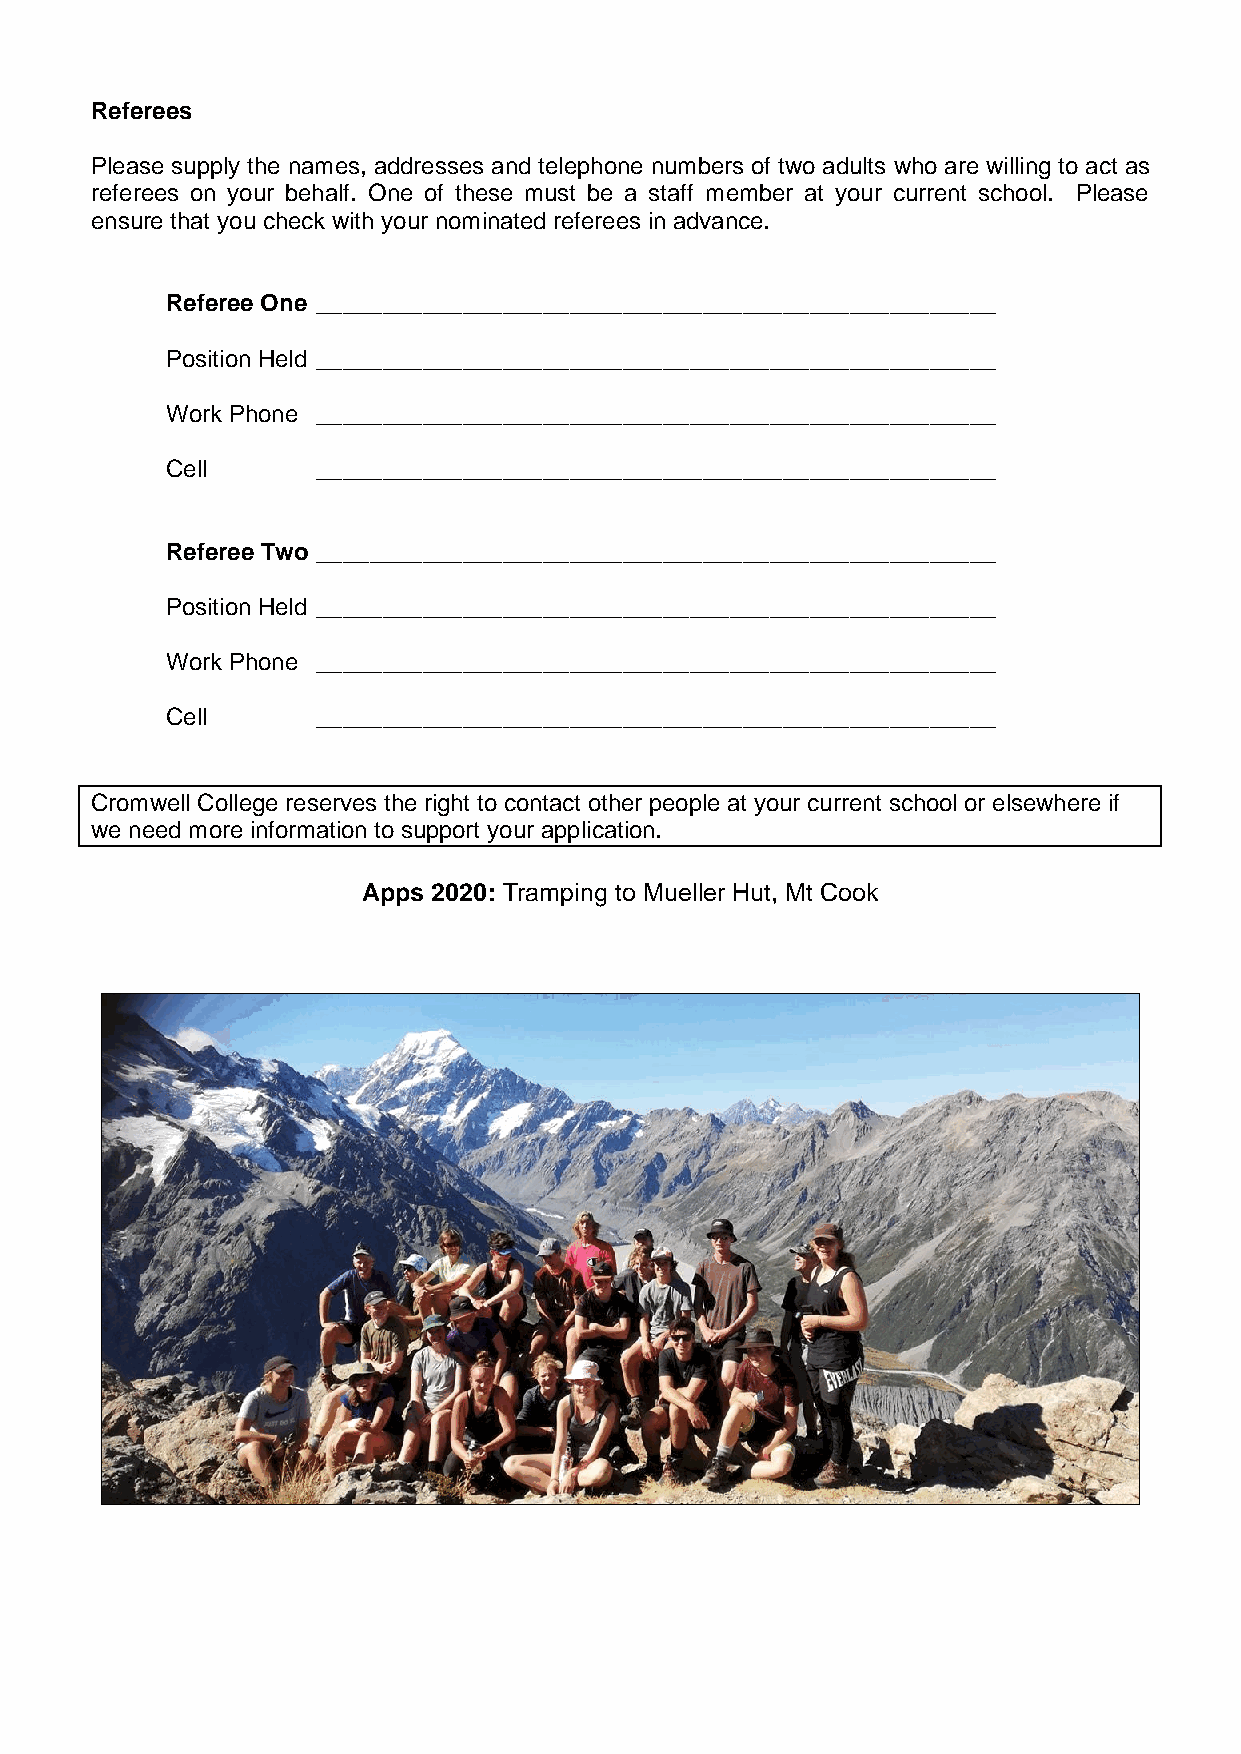
Referees
 Please supply the names, addresses and telephone numbers of two adults who are willing to act as
 referees on your behalf. One of these must be a staff member at your current school. Please
 ensure that you check with your nominated referees in advance.
 Referee One ___________________________________________________
 Position Held ___________________________________________________
 Work Phone ___________________________________________________
 Cell      ___________________________________________________
 Referee Two ___________________________________________________
 Position Held ___________________________________________________
 Work Phone ___________________________________________________
 Cell      ___________________________________________________
 Cromwell College reserves the right to contact other people at your current school or elsewhere if
 we need more information to support your application.
 Apps 2020: Tramping to Mueller Hut, Mt Cook